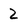
Character: 2